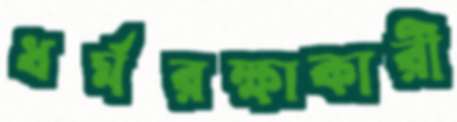
ধর্মরক্ষাকারী